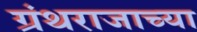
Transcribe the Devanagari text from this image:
ग्रंथराजाच्या